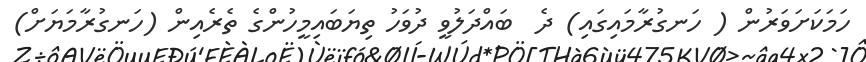
ހަމަކަށަވަރުން ( ހަނގުރާމައިގައި) ދެ  ބައްދަލުވީ ދުވަހު ތިޔަބައިމީހުންގެ ތެރެއިން (ހަނގުރާމަޔަށް)